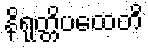
နိရုတ္တိပထေတိ